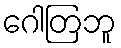
ဂေါတြဘူ